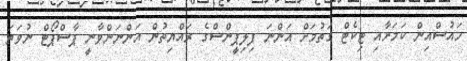
ހައުސްއިން ކަމަށާއި ޓިކެޓް ގަތުމަށް އަންނަ ފިލިޕީންސްގެ ރައްޔިތުން އަންނަންވާނީ ޕާސްޕޯޓް ނުވަތަ